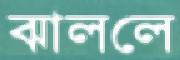
ঝাললে